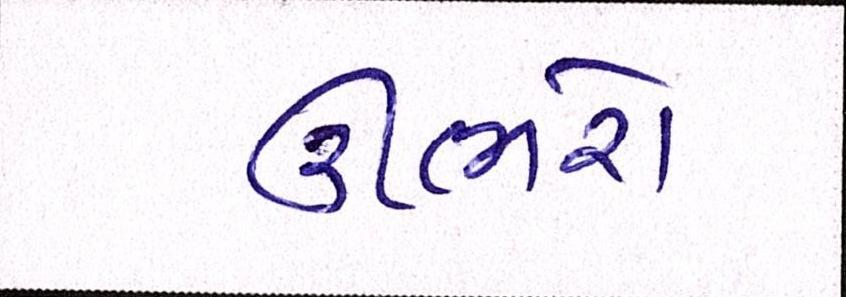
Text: ઊભરો